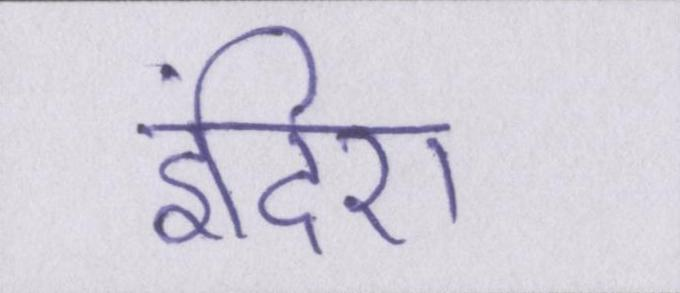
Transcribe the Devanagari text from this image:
इंदिरा